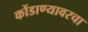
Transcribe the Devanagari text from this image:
कोंडाण्यावरचा